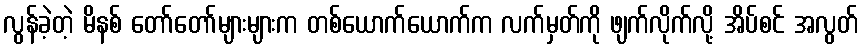
လွန်ခဲ့တဲ့ မိနစ် တော်တော်များများက တစ်ယောက်ယောက်က လက်မှတ်ကို ဖျက်လိုက်လို့ အိပ်စင် အလွတ်